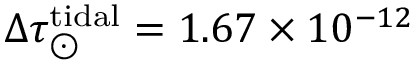
\Delta \tau _ { \odot } ^ { \mathrm { t i d a l } } = 1 . 6 7 \times 1 0 ^ { - 1 2 }